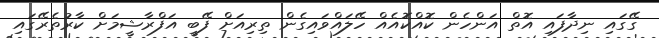
ގޭގައި ނިދާފައި އޮތް އަންހެން ކޮއްކޮއެއް ހޭލައްވައިގެން ތިރިއަށް ފޭބީ އަފްރާޝީމަށް ކާރުތެރޭގައި